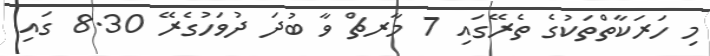
މި ހަރަކާތްތަކުގެ ތެރޭގައި 7 މާރޗް ވާ ބުދަ ދުވަހުގެރޭ 8.30 ގައި